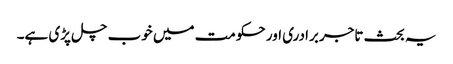
یہ بحث تاجر برادری اور حکومت میں خوب چل پڑی ہے۔